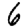
Digit: 6